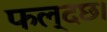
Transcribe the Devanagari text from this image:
फल्दछ।